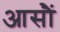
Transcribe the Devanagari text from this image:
आसौं